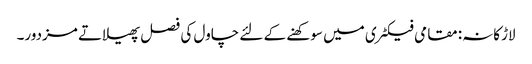
لاڑکانہ: مقامی فیکٹری میں سوکھنے کے لئے چاول کی فصل پھیلاتے مزدور۔